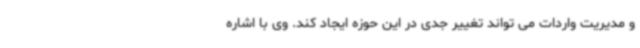
و مدیریت واردات می تواند تغییر جدی در این حوزه ایجاد کند. وی با اشاره